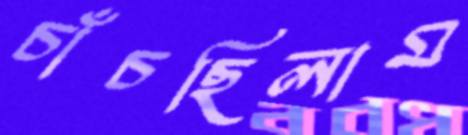
চাঁচছিলাম